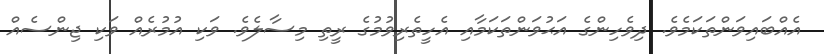
އެއްބައިވަންތަކަމެވެ. ދިވެހިންގެ އަޙުވަންތަކަމާއި އެހީތެރިވުމުގެ ރީތި މިސާލެވެ. ވަކި އުމުރެއް ވަކި ޖިންސެއް